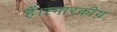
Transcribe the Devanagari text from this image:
हैं।स्मारकीय